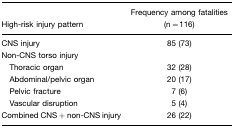
<table><thead><tr><td><b>High-risk injury pattern</b></td><td><b>Frequency among fatalities (n=116)</b></td></tr></thead><tbody><tr><td>CNS injury</td><td>85 (73)</td></tr><tr><td>Non-CNS torso injury</td><td></td></tr><tr><td> Thoracic organ</td><td>32 (28)</td></tr><tr><td> Abdominal/pelvic organ</td><td>20 (17)</td></tr><tr><td> Pelvic fracture</td><td>7 (6)</td></tr><tr><td> Vascular disruption</td><td>5 (4)</td></tr><tr><td>Combined CNS + non-CNS injury</td><td>26 (22)</td></tr></tbody></table>